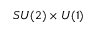
S U ( 2 ) \times U ( 1 )